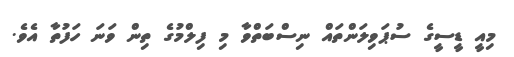
މިއީ ޑީސީގެ ސުޕަވިލަންތައް ނިސްބަތްވާ މި ފިލްމުގެ ތިން ވަނަ ހަފުތާ އެވެ.